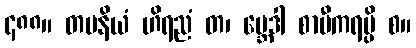
၄၈၈။ တပနိယံ ဟိရညံ တ၊ ဗ္ဘေဒါ စာမီကရမ္ပိ စ။